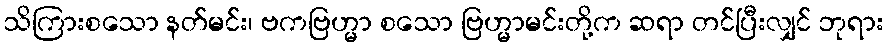
သိကြားစသော နတ်မင်း၊ ဗကဗြဟ္မာ စသော ဗြဟ္မာမင်းတို့က ဆရာ တင်ပြီးလျှင် ဘုရား